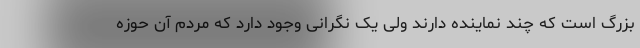
بزرگ است که چند نماینده دارند ولی یک نگرانی وجود دارد که مردم آن حوزه